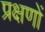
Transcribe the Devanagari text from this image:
प्रक्षणों